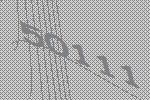
50111